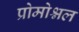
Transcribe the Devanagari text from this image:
प्रोमोश्नल